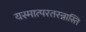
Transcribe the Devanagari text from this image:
यस्मात्परतरन्नास्ति